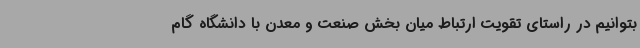
بتوانیم در راستای تقویت ارتباط میان بخش صنعت و معدن با دانشگاه گام